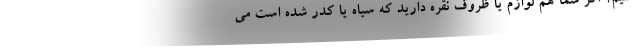
کنیم؟ اگر شما هم لوازم یا ظروف نقره دارید که سیاه یا کدر شده است می